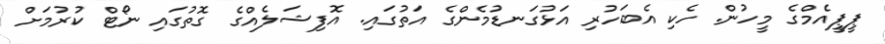
ޕީޕީއެމްގެ މީހުން. ހެކި އެބަހުރި އަޅުގަނޑުމެންގެ އަތުގައި. އޮފިޝަލެއްގެ ގޮތުގައި ނޯޓް ކުރުމަށް